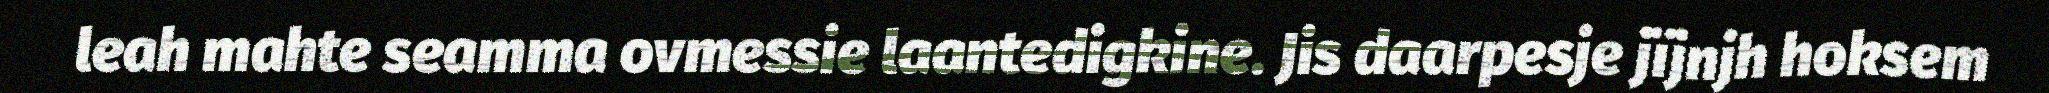
leah mahte seamma ovmessie laantedigkine. Jis daarpesje jïjnjh hoksem